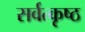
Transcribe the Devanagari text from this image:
सर्वत्कृष्ठ